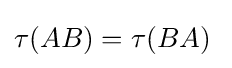
\tau (AB)=\tau (BA)\;